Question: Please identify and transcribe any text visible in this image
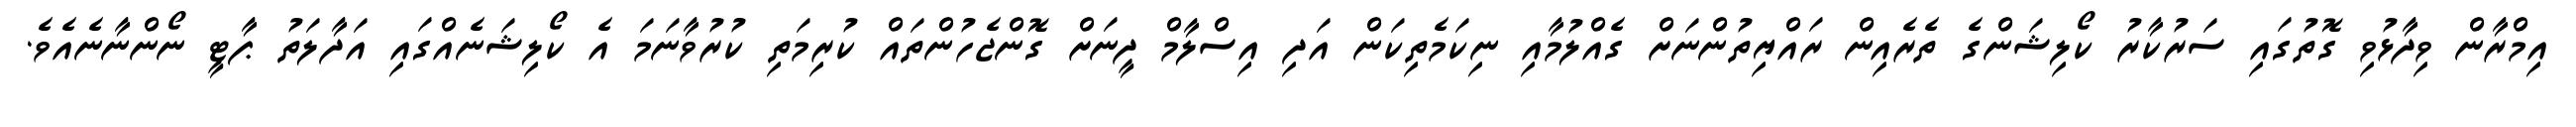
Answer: އިމްރާން ވިދާޅުވި ގޮތުގައި ސަރުކާރު ކޯލިޝަންގެ ތެރެއިން ރައްޔިތުންނަށް ގެއްލުމާއި ނިކަމެތިކަން އަދި އިސްލާމް ދީނަށް ގޮންޖެހުންތައް ކުރިމަތި ކުރުވާނަމަ އެ ކޯލިޝަނެއްގައި އަދާލަތު ޕާޓީ ނޯންނާނެއެވެ.